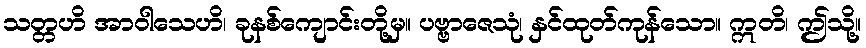
သတ္တဟိ အာဝါသေဟိ၊ ခုနစ်ကျောင်းတို့မှ။ ပဗ္ဗာဇေသုံ၊ နှင်ထုတ်ကုန်သော။ ဣတိ၊ ဤသို့။